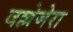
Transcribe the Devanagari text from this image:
वल्लेजेरा